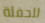
للحفلة